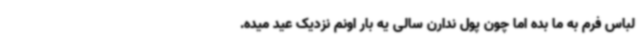
لباس فرم به ما بده اما چون پول ندارن سالی یه بار اونم نزدیک عید میده.